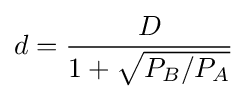
d={\frac {D}{1+{\sqrt {P_{B}/P_{A}}}}}